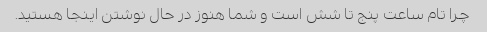
چرا تام ساعت پنج تا شش است و شما هنوز در حال نوشتن اینجا هستید.